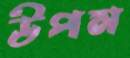
উপম